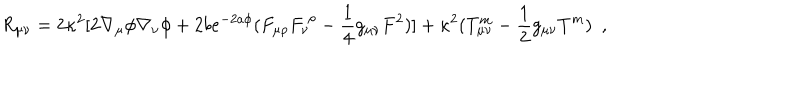
LaTeX: R _ { \mu \nu } = 2 \kappa ^ { 2 } \lbrack 2 \nabla _ { \mu } \phi \nabla _ { \nu } \phi + 2 b e ^ { - 2 a \phi } ( F _ { \mu \rho } F _ { \nu } ^ { ~ \rho } - \frac { 1 } { 4 } g _ { \mu \nu } F ^ { 2 } ) \rbrack + \kappa ^ { 2 } ( T _ { \mu \nu } ^ { m } - \frac { 1 } { 2 } g _ { \mu \nu } T ^ { m } ) ~ ~ ,